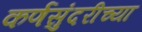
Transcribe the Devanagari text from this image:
कर्णसुंदरीच्या